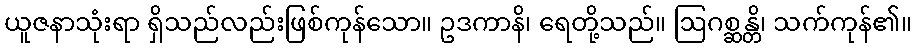
ယူဇနာသုံးရာ ရှိသည်လည်းဖြစ်ကုန်သော။ ဥဒကာနိ၊ ရေတို့သည်။ ဩဂစ္ဆန္တိ၊ သက်ကုန်၏။